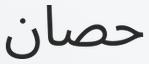
حصان